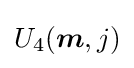
U_{4}({\boldsymbol {m}},j)